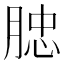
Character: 𦜦